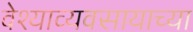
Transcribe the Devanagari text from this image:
वेश्याव्यवसायाच्या